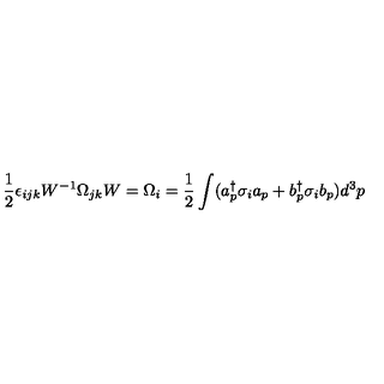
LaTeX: \frac { 1 } { 2 } \epsilon _ { i j k } W ^ { - 1 } \Omega _ { j k } W = \Omega _ { i } = \frac { 1 } { 2 } \int ( a _ { p } ^ { \dag } \sigma _ { i } a _ { p } + b _ { p } ^ { \dag } \sigma _ { i } b _ { p } ) d ^ { 3 } p